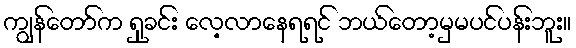
ကျွန်တော်က ရှုခင်း လေ့လာနေရရင် ဘယ်တော့မှမပင်ပန်းဘူး။